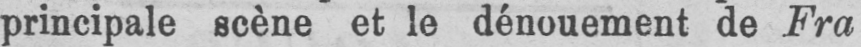
principale scène et le dénouement de Fra